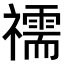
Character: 𥜗